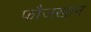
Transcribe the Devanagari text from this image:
फौजखान